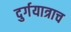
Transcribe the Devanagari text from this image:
दुर्गयात्राच